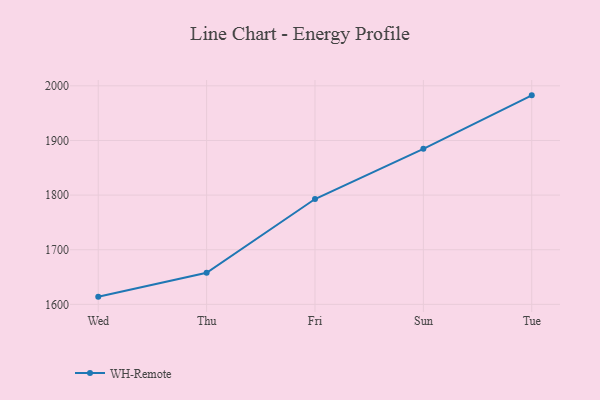
{"axis": {"x": "Day", "y": "Conversion Rate (%)"}, "legend": ["WH-Remote"], "data": [{"x": "Wed", "y": 1614.1, "type": "WH-Remote"}, {"x": "Thu", "y": 1657.8, "type": "WH-Remote"}, {"x": "Fri", "y": 1792.8, "type": "WH-Remote"}, {"x": "Sun", "y": 1884.7, "type": "WH-Remote"}, {"x": "Tue", "y": 1982.6, "type": "WH-Remote"}]}